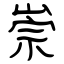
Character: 崇